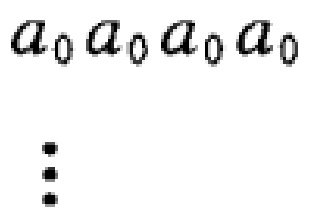
$a_{0}a_{0}a_{0}a_{0}$
\vdots